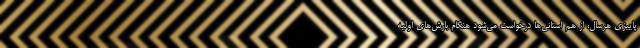
پاییزی هرسال، از هم استانی‌ها درخواست می‌شود هنگام بارش‌های اولیه